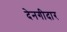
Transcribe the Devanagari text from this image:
देनगीदार